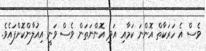
ވެސް އެ ހަރަކާތް އޮންނަ ކަމާއި އަދި އޮންނަތަން ވެސް ވަނީ އިއުލާންކޮށްފައެވެ.